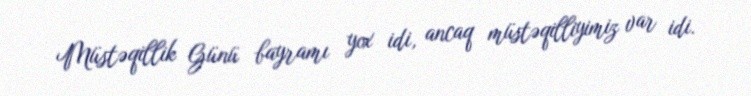
Müstəqillik Günü bayramı yox idi, ancaq müstəqilliyimiz var idi.